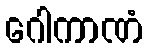
ဂေါကာဏံ